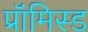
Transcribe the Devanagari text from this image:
प्रॉमिस्ड